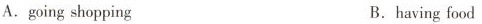
A.going shopping B.having food